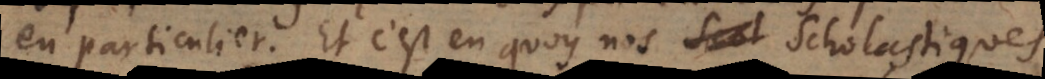
en particulier. Et c’est en quoy nos Scholastiques